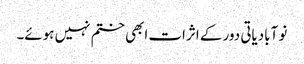
نو آبادیاتی دور کے اثرات ابھی ختم نہیں ہوئے۔